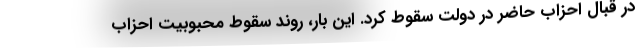
در قبال احزاب حاضر در دولت سقوط کرد. این بار، روند سقوط محبوبیت احزاب